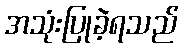
အသုံးပြုခဲ့ရသည်